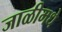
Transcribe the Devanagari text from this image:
जाळीमधे